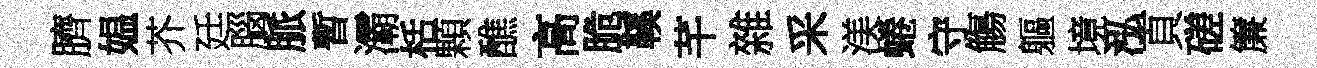
臍媪芥廷腦脈暫灞栝顆醮高脆鞵芊雜采渼蜷守觴軀境泓頁磋簾